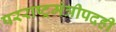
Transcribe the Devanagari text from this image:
परराष्ट्रमंत्रीपदही